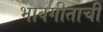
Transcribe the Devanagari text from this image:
भावगीताची